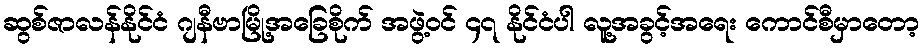
ဆွစ်ဇာလန်နိုင်ငံ ဂျနီဗာမြို့အခြေစိုက် အဖွဲ့ဝင် ၄၇ နိုင်ငံပါ လူ့အခွင့်အရေး ကောင်စီမှာတော့